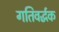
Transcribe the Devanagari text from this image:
गतिवर्द्धक